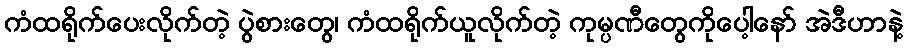
ကံထရိုက်ပေးလိုက်တဲ့ ပွဲစားတွေ၊ ကံထရိုက်ယူလိုက်တဲ့ ကုမ္ပဏီတွေကိုပေါ့နော် အဲဒီဟာနဲ့